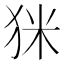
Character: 𤝸